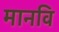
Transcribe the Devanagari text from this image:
मानवि